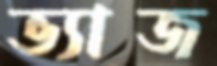
ভ্যাজ